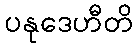
ပနုဒေဟီတိ